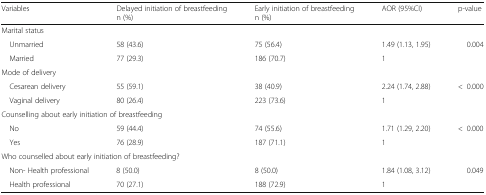
| Variables | Delayed initiation of breastfeedingn (%) | Early initiation of breastfeedingn (%) | AOR (95%CI) | p-value |
 | --- | --- | --- | --- | --- |
 | <COLSPAN=5> Marital status |
 | Unmarried | 58 (43.6) | 75 (56.4) | 1.49 (1.13, 1.95) | 0.004 |
 | Married | 77 (29.3) | 186 (70.7) | 1 |  |
 | <COLSPAN=5> Mode of delivery |
 | Cesarean delivery | 55 (59.1) | 38 (40.9) | 2.24 (1.74, 2.88) | <0.000 |
 | Vaginal delivery | 80 (26.4) | 223 (73.6) | 1 |  |
 | <COLSPAN=5> Counselling about early initiation of breastfeeding |
 | No | 59 (44.4) | 74 (55.6) | 1.71 (1.29, 2.20) | <0.000 |
 | Yes | 76 (28.9) | 187 (71.1) | 1 |  |
 | <COLSPAN=5> Who counselled about early initiation of breastfeeding? |
 | Non- Health professional | 8 (50.0) | 8 (50.0) | 1.84 (1.08, 3.12) | 0.049 |
 | Health professional | 70 (27.1) | 188 (72.9) | 1 |  |